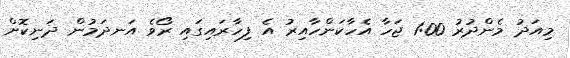
މިއަދު މެންދުރު 1:00 ޖަހާ އެހާކަންހާއިރު އެ ފިހާރައިގައި ރޯވެ އަނދަމުން ދަނިކޮށް